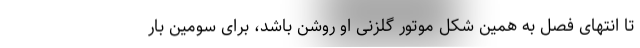
تا انتهای فصل به همین شکل موتور گلزنی او روشن باشد، برای سومین بار